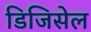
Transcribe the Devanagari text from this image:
डिजिसेल